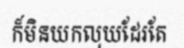
ក៏មិនយកលុយដែរតែ